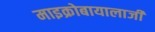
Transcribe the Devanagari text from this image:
माइक्रोबायालाजी